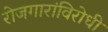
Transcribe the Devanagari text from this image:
रोजगारांविरोधी